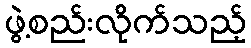
ဖွဲ့စည်းလိုက်သည့်